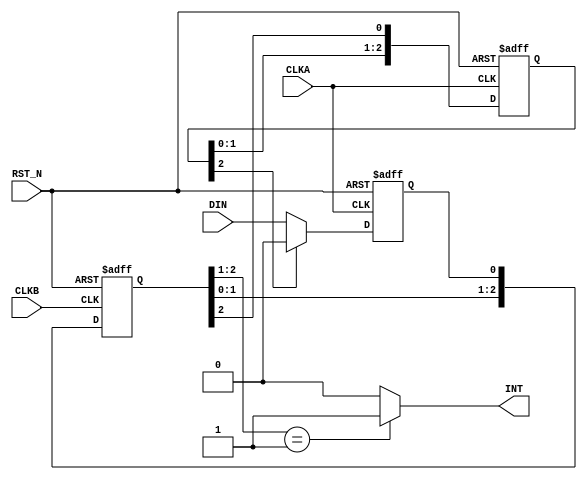
/*
 * Copyright (C)2014-2015 AQUAXIS TECHNOLOGY.
 *  Don't remove this header. 
 * When you use this source, there is a need to inherit this header.
 *
 * License
 *  For no commercial -
 *   License:     The Open Software License 3.0
 *   License URI: http://www.opensource.org/licenses/OSL-3.0
 *
 *  For commmercial -
 *   License:     AQUAXIS License 1.0
 *   License URI: http://www.aquaxis.com/licenses
 *
 * For further information please contact.
 *	URI:    http://www.aquaxis.com/
 */
module aq_intreg(
  input RST_N,

  input CLKA,
  input DIN,

  input CLKB,
  output INT
);

reg data_in;
reg [2:0] data_in_rst;
reg [2:0] data_out;

always @(posedge CLKA or negedge RST_N) begin
  if(!RST_N) begin
    data_in <= 1'b0;
    data_in_rst[2:0] <= 3'd0;
  end else begin
    if(data_in_rst[2]) begin
      data_in <= 1'b0;
    end else begin
      data_in <= DIN;
    end
    data_in_rst[2:0] <= {data_in_rst[1:0], data_out[2]};
  end
end

always @(posedge CLKB or negedge RST_N) begin
  if(!RST_N) begin
    data_out[2:0] <= 3'd0;
  end else begin
    data_out[2:0] <= {data_out[1:0], data_in};
  end
end

assign INT = (data_out[2:1] == 2'b01)?1'b1:1'b0;

endmodule